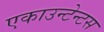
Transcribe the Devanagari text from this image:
एकाउन्टेन्टस